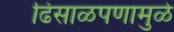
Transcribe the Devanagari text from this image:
ढिसाळपणामुळे